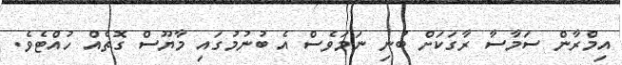
އިމްރާން ސަމާސާ ރާގަކަށް ބުނި ނަމަވެސް އެ ބުނުމުގައި މާޔޫސް ގޮތެއް ހުއްޓެވެ.